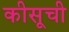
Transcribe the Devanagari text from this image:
कीसूची